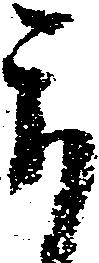
被